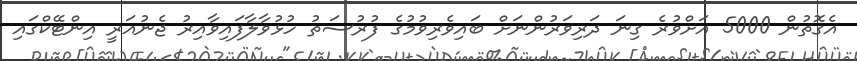
އެގޮތުން 5000 އަށްވުރެ ގިނަ ދަރިވަރުންނަށް ބައިވެރިވުމުގެ ފުރުސަތު ހުޅުވާލާފައިވާއިރު ޖެނުއަރީ އިންޓޭކްގައި